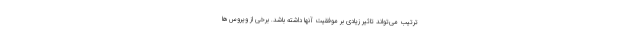
ترتیب می‌تواند تاثیر زیادی بر موفقیت آنها داشته باشد. برخی از ویروس‌ها